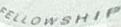
FELLOWSHIP